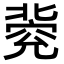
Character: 𠤦